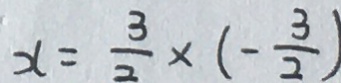
x = \frac { 3 } { 2 } \times ( - \frac { 3 } { 2 } )